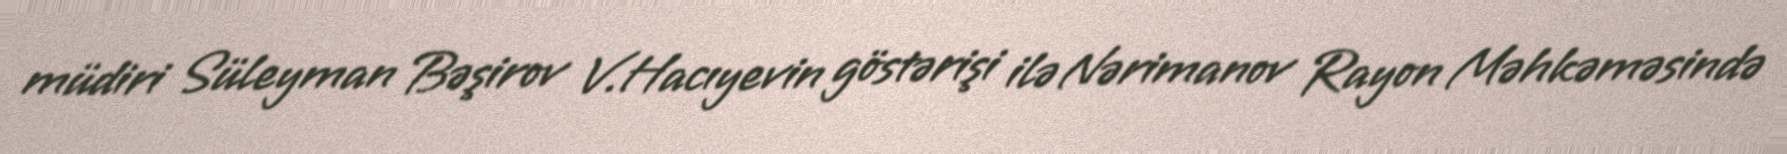
müdiri Süleyman Bəşirov V.Hacıyevin göstərişi ilə Nərimanov Rayon Məhkəməsində